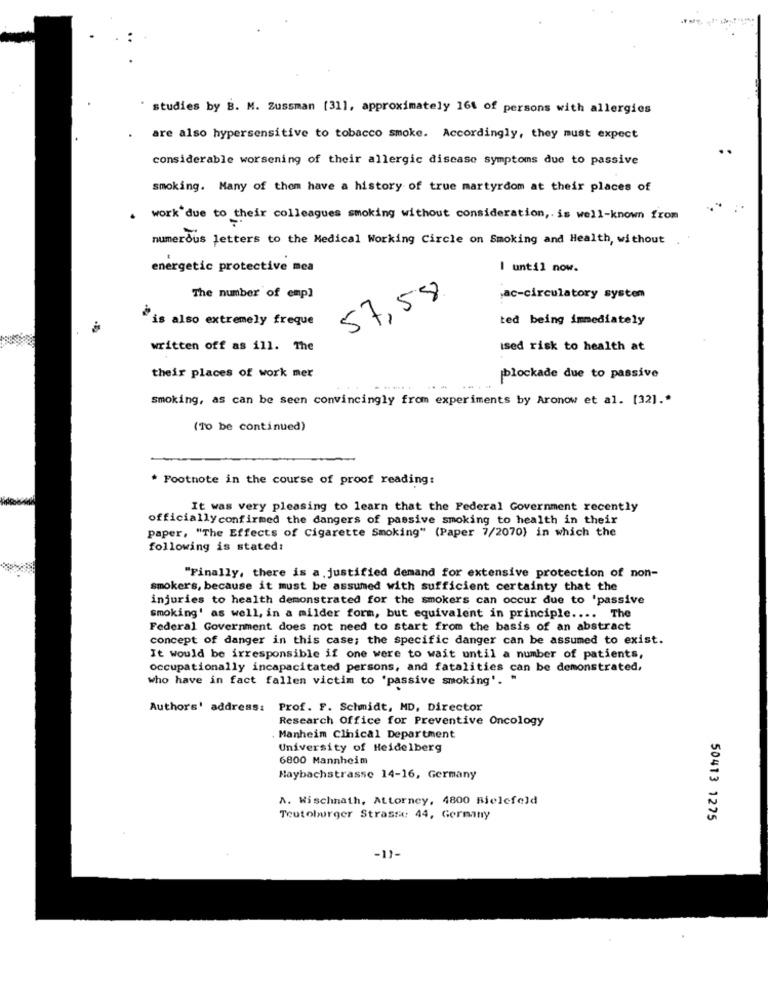
studies by B. M. Zussman [311, approximately 161 of persons with allergies
are also hypersensitive to tobacco smoke. Accordingly, they must expect
considerable worsening of their allergic disease symptoms due to passive
smoking. Many of them have a history of true martyrdom at their places of
. work due to their colleagues smoking without consideration, is well-known from
numerous letters to the Medical Working Circle on Smoking and Health, without
energetic protective mea
I until now.
The number of empl
57,58
,ac-circulatory system
"is also extremely freque
ted being immediately
written off as ill. The
ised risk to health at
their places of work mer
blockade due to passive
smoking, as can be seen convincingly from experiments by Aronow et al. [32] .*
(To be continued)
* Footnote in the course of proof reading:
It was very pleasing to learn that the Federal Government recently
officiallyconfirmed the dangers of passive smoking to health in their
paper, "The Effects of Cigarette Smoking" (Paper 7/2070) in which the
following is stated:
"Finally, there is a justified demand for extensive protection of non-
smokers, because it must be assumed with sufficient certainty that the
injuries to health demonstrated for the smokers can occur due to 'passive
smoking' as well, in a milder form, but equivalent in principle .... The
Federal Government does not need to start from the basis of an abstract
concept of danger in this case; the specific danger can be assumed to exist.
It would be irresponsible if one were to wait until a number of patients,
occupationally incapacitated persons, and fatalities can be demonstrated,
who have in fact fallen victim to 'passive smoking'.
Authors' address:
Prof. F. Schmidt, MD, Director
Research Office for Preventive Oncology
Manheim Clinical Department
University of Heidelberg
6800 Mannheim
Haybachstrasse 14-16, Germany
A. Wischnath, Attorney, 4800 Bielefeld
Teutoburger Strassa: 44, Germany
50413 1275
-11-